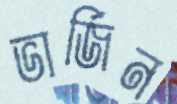
ভার্জিন